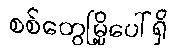
စစ်တွေမြို့ပေါ်ရှိ